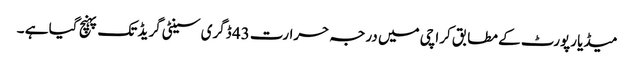
میڈیا رپورٹ کے مطابق کراچی میں درجہ حرارت 43 ڈگری سینٹی گریڈ تک پہنچ گیا ہے ۔